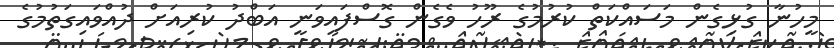
މީހުނާ ގުޅިގެން މަސައްކަތް ކުރުމުގެ ރޫހު ވެގެން ގޮސްފައިވަނީ އަބްދު ކުރިއަށް ދުއްވައިގަތުމުގެ